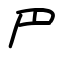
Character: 𠃜